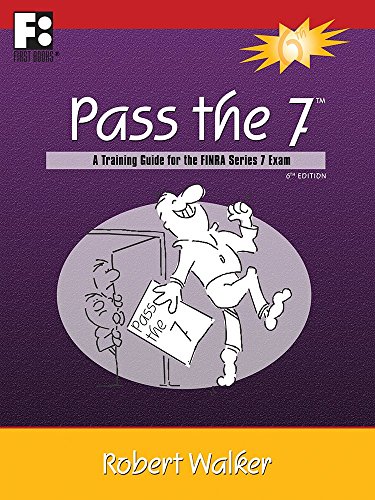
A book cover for Pass the 7: A Training Guide for the FINRA Series 7 Exam; Robert Walker; Education & Teaching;